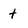
Character: t